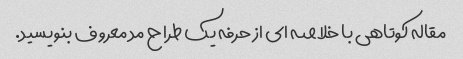
مقاله کوتاهی با خلاصه ای از حرفه یک طراح مد معروف بنویسید.